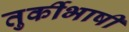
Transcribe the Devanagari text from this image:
तुर्कीभाषी